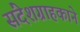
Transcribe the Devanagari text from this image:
संदेशग्राहकाने